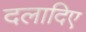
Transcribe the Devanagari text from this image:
दलादिए